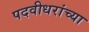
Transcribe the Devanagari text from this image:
पदवीधरांच्या